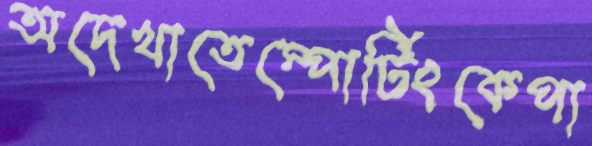
অদেখাতেস্পোর্টিংকেপা